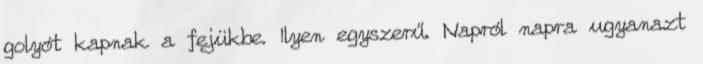
golyót kapnak a fejükbe. Ilyen egyszerű. Napról napra ugyanazt